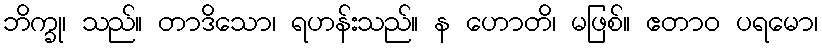
ဘိက္ခု၊ သည်။ တာဒိသော၊ ရဟန်းသည်။ န ဟောတိ၊ မဖြစ်။ ဧတာဝ ပရမော၊